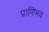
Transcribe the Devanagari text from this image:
प्राणिभव